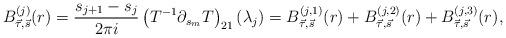
LaTeX: \begin{align*}B_{\vec\tau, \vec s}^{(j)}(r)=\frac{s_{j+1}-s_j}{2\pi i}\left(T^{-1}\partial_{s_m}T\right)_{21}(\lambda_j)=B_{\vec\tau, \vec s}^{(j,1)}(r)+B_{\vec\tau, \vec s}^{(j,2)}(r)+B_{\vec\tau, \vec s}^{(j,3)}(r),\end{align*}